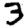
Digit: 3